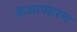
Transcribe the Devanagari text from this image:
केशापहरण